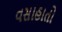
વસાહાતો